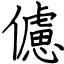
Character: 儢